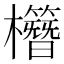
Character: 𣠱